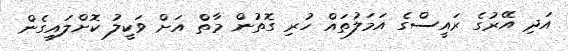
އަދި އޭރުގެ ރައީސްގެ އަމަލުތައް ހުރި ގޮތުން މާތް އަށް ވަކީލު ކޮށްލައިގެން